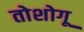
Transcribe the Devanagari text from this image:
तोशोगू